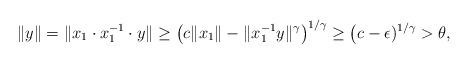
LaTeX: \begin{align*}\| y \| = \| x_1 \cdot x_1^{-1} \cdot y \| \geq \big( c \| x_1 \| - \| x_1^{-1} y \|^{\gamma} \big)^{1/\gamma} \geq \big( c - \epsilon)^{1/\gamma} > \theta,\end{align*}